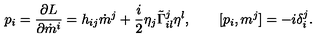
p _ { i } = \frac { \partial L } { \partial \dot { m } ^ { i } } = h _ { i j } \dot { m } ^ { j } + \frac { i } { 2 } \eta _ { j } \tilde { \Gamma } _ { i l } ^ { j } \eta ^ { l } , \qquad [ p _ { i } , m ^ { j } ] = - i \delta _ { i } ^ { j } .